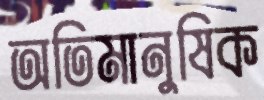
অতিমানুষিক